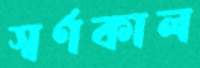
স্বর্ণকাল